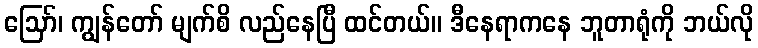
ဪ၊ ကျွန်တော် မျက်စိ လည်နေပြီ ထင်တယ်။ ဒီနေရာကနေ ဘူတာရုံကို ဘယ်လို